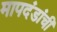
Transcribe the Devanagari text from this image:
मापदंडांची